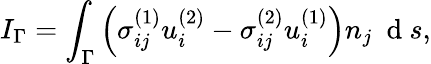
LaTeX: I_{\Gamma}=\int_{\Gamma}\left(\sigma_{ij}^{(1)}u_{i}^{(2)}-\sigma_{ij}^{(2)}u_{i}^{(1)}\right)n_{j}\ \mathrm{~d~}s,